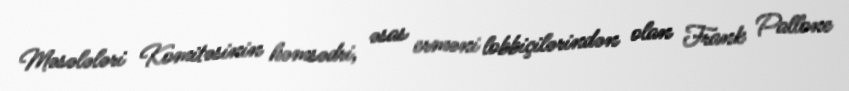
Məsələləri Komitəsinin həmsədri, əsas erməni lobbiçilərindən olan Frank Pallone